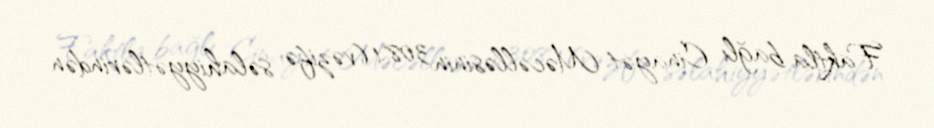
Faktla bağlı Cinayət Məcəlləsinin 308.1 (vəzifə səlahiyyətlərindən